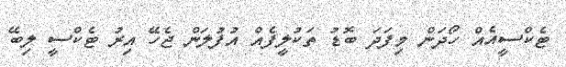
ޓެކްސީއެއް ހޯދަން މިފަދަ ބޮޑު ތަކުލީފެއް އުފުލަން ޖެހޭ އިރު ޓެކްސީ ލިބޭ